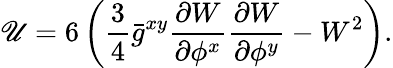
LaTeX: \mathscr{U}=6\left(\frac{{3}}{{4}}\bar{{g}}^{xy}\frac{{\partial{W}}}{{\partial{\phi^{x}}}}\frac{{\partial{W}}}{{\partial{\phi^{y}}}}-W^{2}\right).